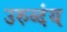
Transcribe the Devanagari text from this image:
उरुव्दंय